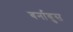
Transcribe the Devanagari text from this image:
बर्नाबुस